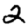
Digit: 2